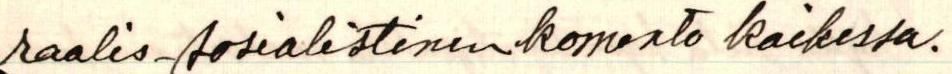
raalis-sosialistinen komento kaikessa.